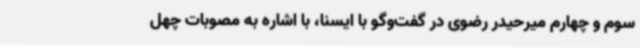
سوم و چهارم میرحیدر رضوی در گفت‌وگو با ایسنا، با اشاره به مصوبات چهل